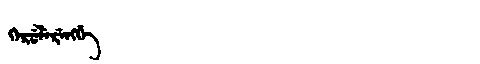
Manchu: ᡴᡝᡵᡠᠯᡝᡵᡝᠩᡤᡝ
Romanization: KERULERENGGE